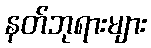
နတ်ဘုရားများ